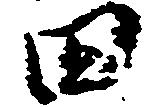
田